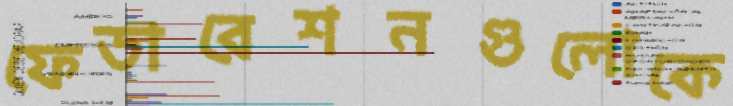
ফেডারেশনগুলোকে